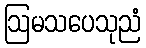
ဩမသပေသုညံ